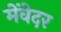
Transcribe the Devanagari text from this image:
मेंवेदर